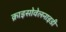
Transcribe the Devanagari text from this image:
क्राइसोवेलनाइडी